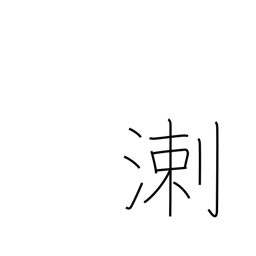
Meaning: biased